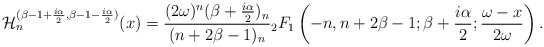
\begin{align*}\mathcal{H}^{(\beta-1+\frac{i\alpha}{2},\beta-1-\frac{i\alpha}{2})}_{n}(x)=\dfrac{(2\omega)^n(\beta+\frac{i\alpha}{2})_n}{(n+2\beta-1)_n}{}_2 F_1\left(-n,n+2\beta-1; \beta+\frac{i\alpha}{2};\dfrac{\omega-x}{2\omega}\right).\end{align*}